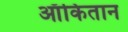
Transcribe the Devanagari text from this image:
ऑकितान